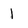
Character: l